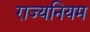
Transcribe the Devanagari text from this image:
राज्यनियम